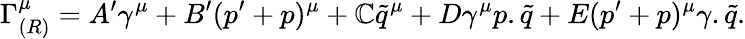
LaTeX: \Gamma_{(R)}^{\mu}=A^{\prime}\gamma^{\mu}+B^{\prime}(p^{\prime}+p)^{\mu}+\mathbb{C}\tilde{{q}}^{\mu}+D\gamma^{\mu}p.\tilde{{q}}+E(p^{\prime}+p)^{\mu}\gamma.\tilde{{q}}.